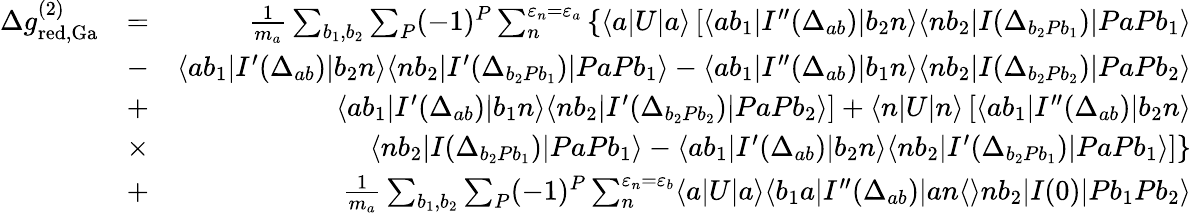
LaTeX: \begin{array}{rlr}{\Delta g_{\mathrm{red,Ga}}^{(2)}}&{=}&{\frac{1}{m_{a}}\sum_{b_{1},b_{2}}\sum_{P}(-1)^{P}\sum_{n}^{\varepsilon_{n}=\varepsilon_{a}}\left\{ \langle a|U|a\rangle\left[\langle ab_{1}|I^{\prime\prime}(\Delta_{ab})|b_{2}n\rangle\langle nb_{2}|I(\Delta_{b_{2}Pb_{1}})|PaPb_{1}\rangle\right.\right.}\\ &{-}&{\langle ab_{1}|I^{\prime}(\Delta_{ab})|b_{2}n\rangle\langle nb_{2}|I^{\prime}(\Delta_{b_{2}Pb_{1}})|PaPb_{1}\rangle-\langle ab_{1}|I^{\prime\prime}(\Delta_{ab})|b_{1}n\rangle\langle nb_{2}|I(\Delta_{b_{2}Pb_{2}})|PaPb_{2}\rangle}\\ &{+}&{\left.\langle ab_{1}|I^{\prime}(\Delta_{ab})|b_{1}n\rangle\langle nb_{2}|I^{\prime}(\Delta_{b_{2}Pb_{2}})|PaPb_{2}\rangle\right]+\langle n|U|n\rangle\left[\langle ab_{1}|I^{\prime\prime}(\Delta_{ab})|b_{2}n\rangle\right.}\\ &{\times}&{\left.\left.\langle nb_{2}|I(\Delta_{b_{2}Pb_{1}})|PaPb_{1}\rangle-\langle ab_{1}|I^{\prime}(\Delta_{ab})|b_{2}n\rangle\langle nb_{2}|I^{\prime}(\Delta_{b_{2}Pb_{1}})|PaPb_{1}\rangle\right]\right\} }\\ &{+}&{\frac{1}{m_{a}}\sum_{b_{1},b_{2}}\sum_{P}(-1)^{P}\sum_{n}^{\varepsilon_{n}=\varepsilon_{b}}\langle a|U|a\rangle\langle b_{1}a|I^{\prime\prime}(\Delta_{ab})|an\langle\rangle nb_{2}|I(0)|Pb_{1}Pb_{2}\rangle}\end{array}